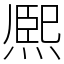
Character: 熈